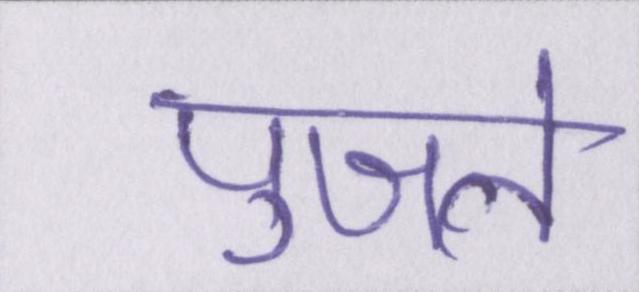
पुजते